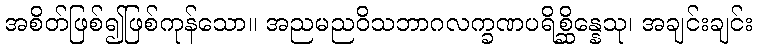
အစိတ်ဖြစ်၍ဖြစ်ကုန်သော။ အညမညဝိသဘာဂလက္ခဏပရိစ္ဆိန္နေသု၊ အချင်းချင်း